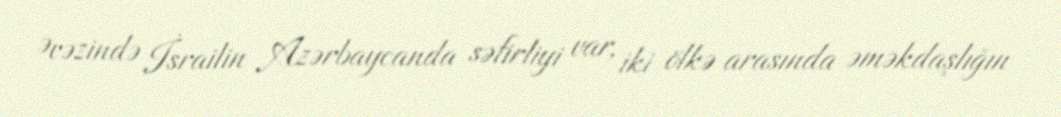
Əvəzində İsrailin Azərbaycanda səfirliyi var, iki ölkə arasında əməkdaşlığın